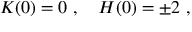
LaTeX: K ( 0 ) = 0 \ , \quad H ( 0 ) = \pm 2 \ ,